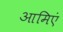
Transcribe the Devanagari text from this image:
आमिएं